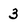
Character: 3